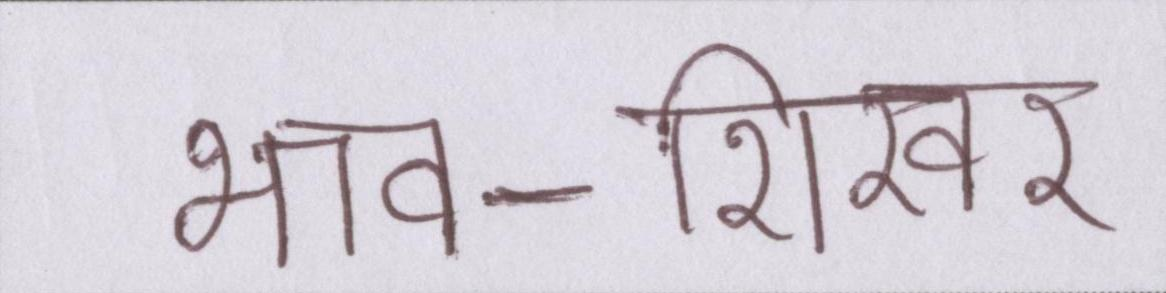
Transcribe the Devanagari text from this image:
भाव-शिखर